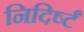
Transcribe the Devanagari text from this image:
निदिर्ष्टं